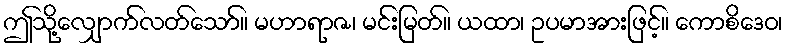
ဤသို့လျှောက်လတ်သော်။ မဟာရာဇ၊ မင်းမြတ်။ ယထာ၊ ဥပမာအားဖြင့်။ ကောစိဒေဝ၊